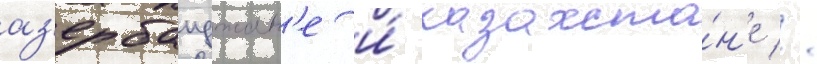
аз'ербаиджан'е и́ казахста́н'е //